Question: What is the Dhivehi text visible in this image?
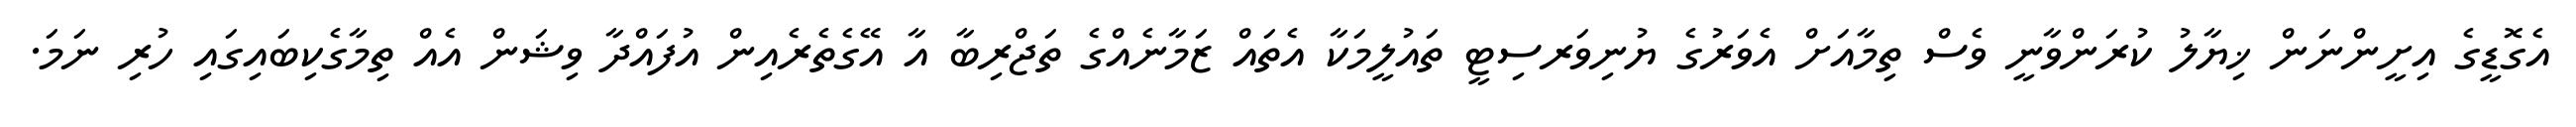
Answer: އެގޮޑީގެ އިށީންނަން ޚިޔާލު ކުރަންވާނީ ވެސް ތިމާއަށް އެވަރުގެ ޔުނިވަރސިޓީ ތައުލީމަކާ އެތައް ޒަމާނެއްގެ ތަޖްރިބާ އާ އޭގެތެރެއިން އުފައްދާ ވިޝަން އެއް ތިމާގެކިބައިގައި ހުރި ނަމަ.